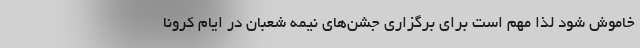
خاموش شود لذا مهم است برای برگزاری جشن‌های نیمه شعبان در ایام کرونا